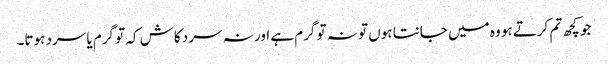
جو کچھ تم کرتے ہو وہ میں جانتا ہوں تو نہ تو گرم ہے اور نہ سرد کاش کہ تو گرم یا سرد ہوتا۔